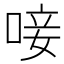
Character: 唼